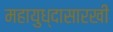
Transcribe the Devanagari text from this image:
महायुध्दासारखी